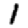
Digit: 1